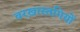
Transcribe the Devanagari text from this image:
बरख़ास्तगियों